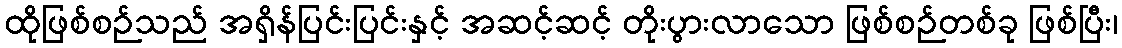
ထိုဖြစ်စဉ်သည် အရှိန်ပြင်းပြင်းနှင့် အဆင့်ဆင့် တိုးပွားလာသော ဖြစ်စဉ်တစ်ခု ဖြစ်ပြီး၊